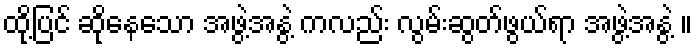
ထို့ပြင် ဆိုနေသော အဖွဲ့အနွဲ့ ကလည်း လွမ်းဆွတ်ဖွယ်ရာ အဖွဲ့အနွဲ့ ။